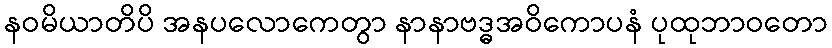
နဝမိယာတိပိ အနပလောကေတွာ နာနာဗဒ္ဓအဝိကောပနံ ပုထုဘာဝတော